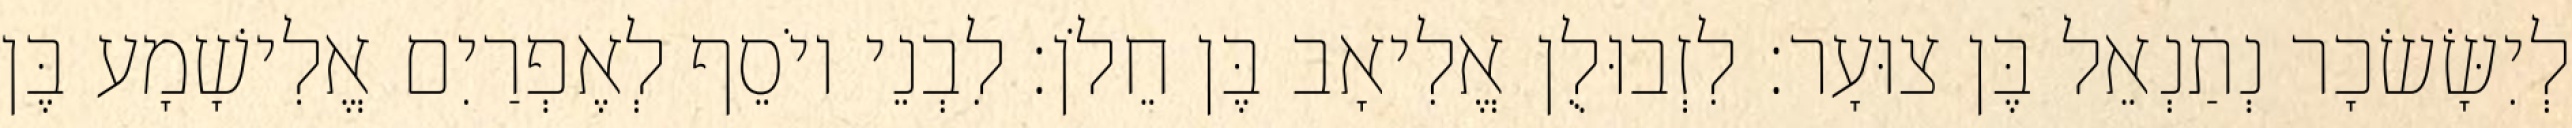
לְיִשָּׂשׂכָר נְתַנְאֵל בֶּן צוּעָר׃ לִזְבוּלֻן אֱלִיאָב בֶּן חֵלֹן׃ לִבְנֵי יוֹסֵף לְאֶפְרַיִם אֱלִישָׁמָע בֶּן